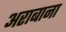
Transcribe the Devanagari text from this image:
अराबाना